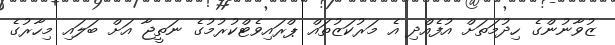
ޒުވާނުންގެ ހިދުމަތަށް އުފެއްދި އެ މަރުކަޒުތައް ޕްރައިވެޓްކުރުމުގެ ނަތީޖާ އަށް ބަލައި މިހާރުގެ